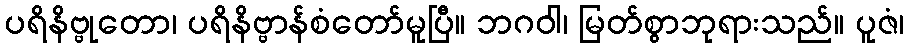
ပရိနိဗ္ဗုတော၊ ပရိနိဗ္ဗာန်စံတော်မူပြီ။ ဘဂဝါ၊ မြတ်စွာဘုရားသည်။ ပူဇံ၊